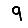
Digit: 9